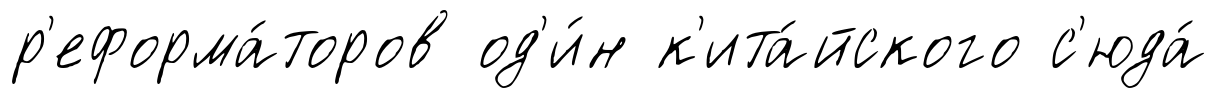
р'еформа́торов од'и́н к'ита́йского с'юда́